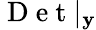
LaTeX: \mathrm{~D~e~t~}|_{\mathbf{y}}